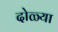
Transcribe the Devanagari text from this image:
दोळ्या